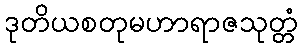
ဒုတိယစတုမဟာရာဇသုတ္တံ